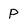
Character: P